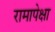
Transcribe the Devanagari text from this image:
रामापेक्षा